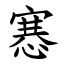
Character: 㥶